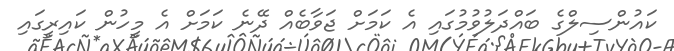
ކައުންސިލްގެ ބައްދަލުވުމުގައި އެ ކަމަށް ޖަވާބެއް ދޭނެ ކަމަށް އެ މީހުން ކައިރީގައި